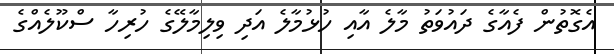
އެގޮތުން ފެއާގެ ދައުވަތު މާލެ އާއި ހުޅުމާލެ އަދި ވިލިމާލޭގެ ހުރިހާ ސްކޫލެއްގެ